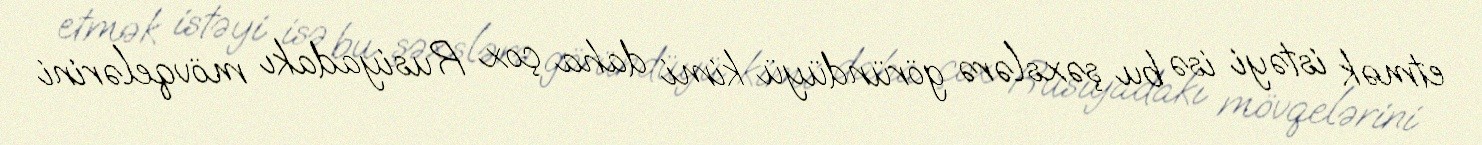
etmək istəyi isə bu şəxslərə göründüyü kimi daha çox Rusiyadakı mövqelərini